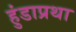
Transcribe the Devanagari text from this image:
हुंडाप्रथा